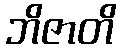
ဘိဇာတိ